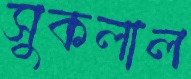
সুকলাল